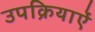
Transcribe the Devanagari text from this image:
उपक्रियाऐं